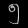
Digit: ၅